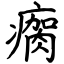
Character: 瘸